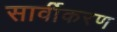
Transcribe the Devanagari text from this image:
सार्वीकरण